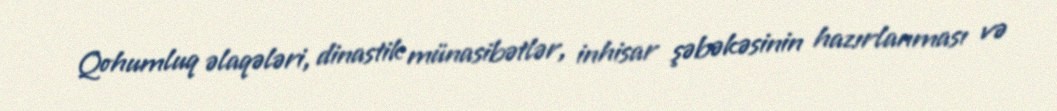
Qohumluq əlaqələri, dinastik münasibətlər, inhisar şəbəkəsinin hazırlanması və